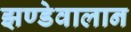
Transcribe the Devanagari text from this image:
झण्डेवालान